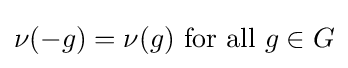
\nu (-g)=\nu (g){\text{ for all }}g\in G